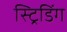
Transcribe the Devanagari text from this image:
स्ट्रिडिंग